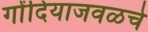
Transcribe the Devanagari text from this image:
गोंदियाजवळचे